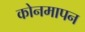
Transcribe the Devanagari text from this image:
कोनमापन